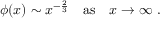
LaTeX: \phi ( x ) \sim x ^ { - { \frac { 2 } { 3 } } } \quad \mathrm { a s } \ \ \ x \rightarrow \infty \ .